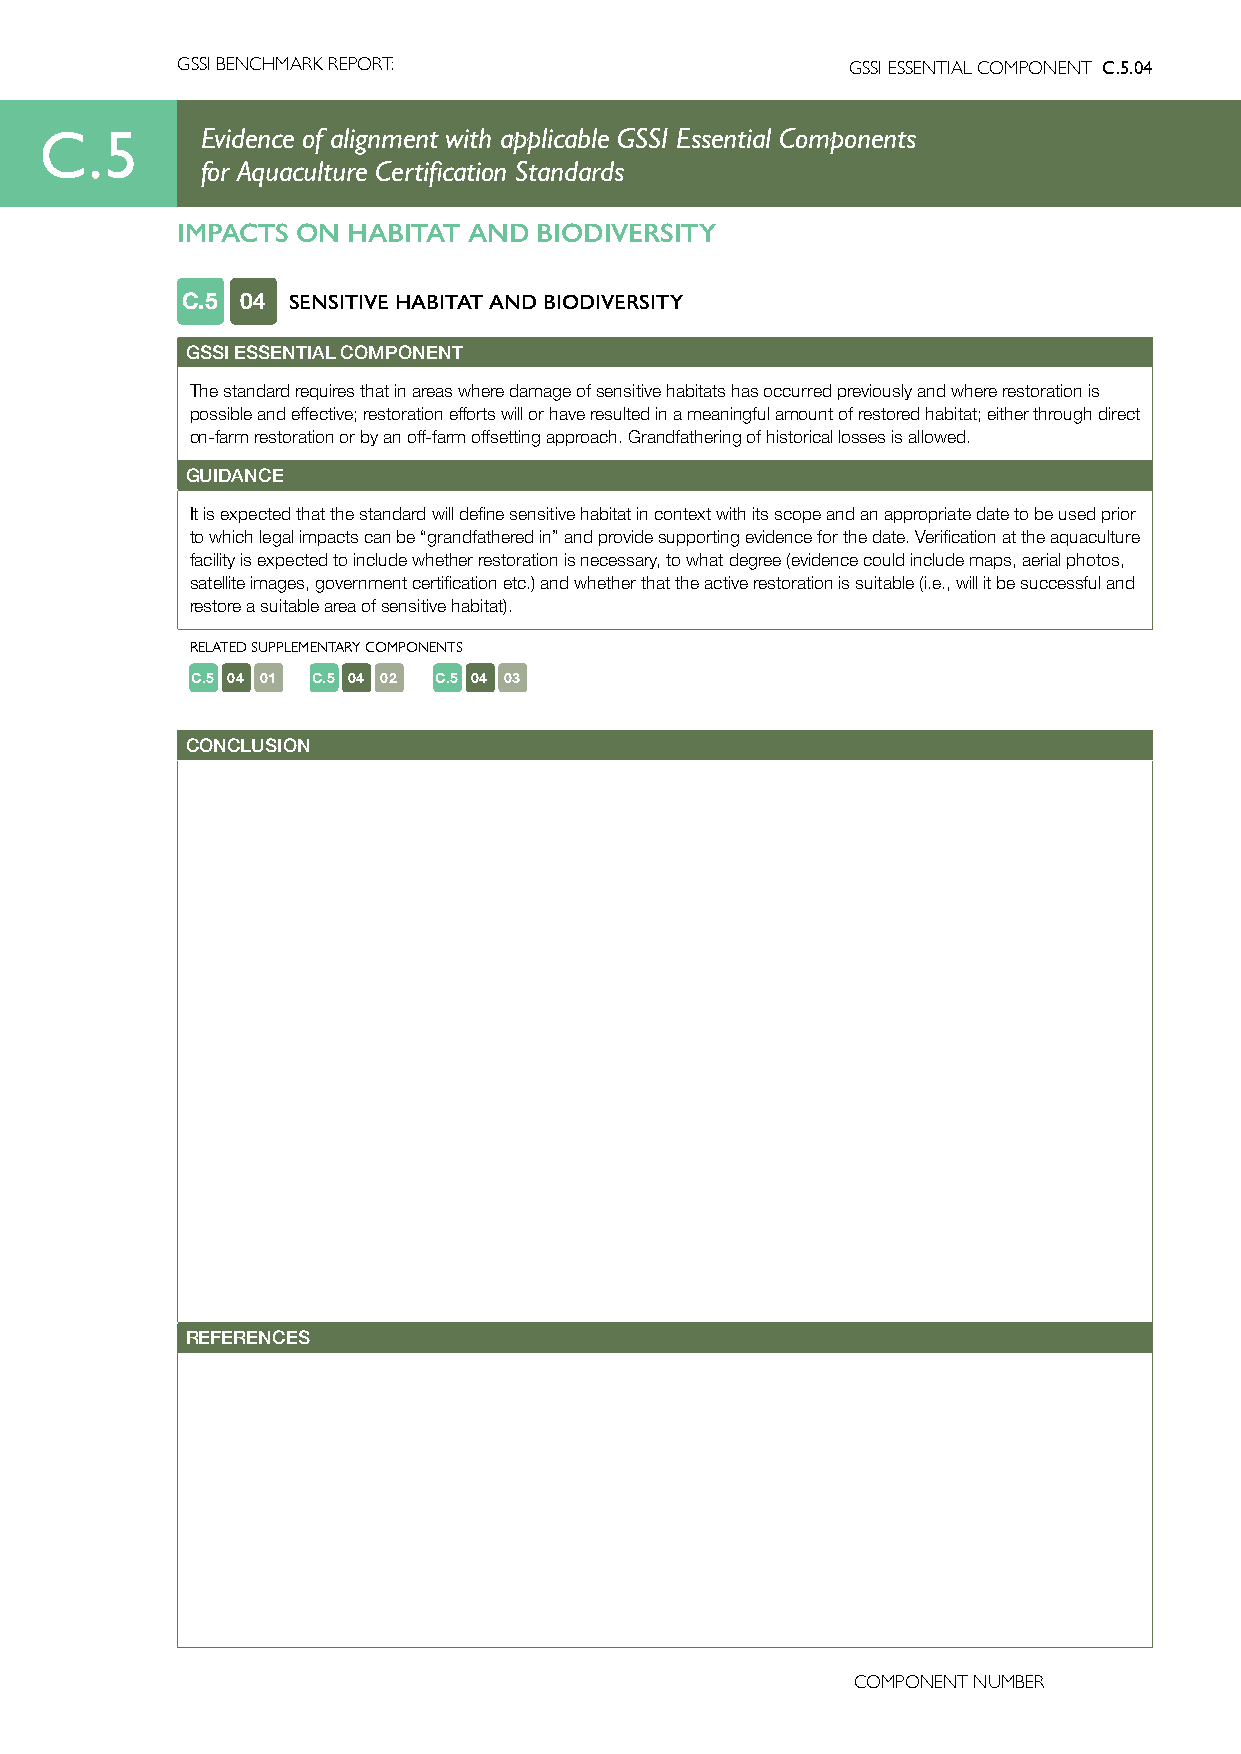
GSSI BENCHMARK REPORT:                      GSSI ESSENTIAL COMPONENT C.5.04
 C.5       Evidence of alignment with applicable GSSI Essential Components
 for Aquaculture Certification Standards
 IMPACTS ON HABITAT AND  BIODIVERSITY
 C.5 04 SENSITIVE HABITAT AND BIODIVERSITY
 GSSI ESSENTIAL COMPONENT
 The standard requires that in areas where damage of sensitive habitats has occurred previously and where restoration is
 possible and effective; restoration efforts will or have resulted in a meaningful amount of restored habitat; either through direct
 on-farm restoration or by an off-farm offsetting approach. Grandfathering of historical losses is allowed.
 GUIDANCE
 It is expected that the standard will define sensitive habitat in context with its scope and an appropriate date to be used prior
 to which legal impacts can be “grandfathered in” and provide supporting evidence for the date. Verification at the aquaculture
 facility is expected to include whether restoration is necessary, to what degree (evidence could include maps, aerial photos,
 satellite images, government certification etc.) and whether that the active restoration is suitable (i.e., will it be successful and
 restore a suitable area of sensitive habitat).
 RELATED SUPPLEMENTARY COMPONENTS
 C.5 04 01 C.5 04 02 C.5 04 03
 CONCLUSION
 REFERENCES
 COMPONENT NUMBER